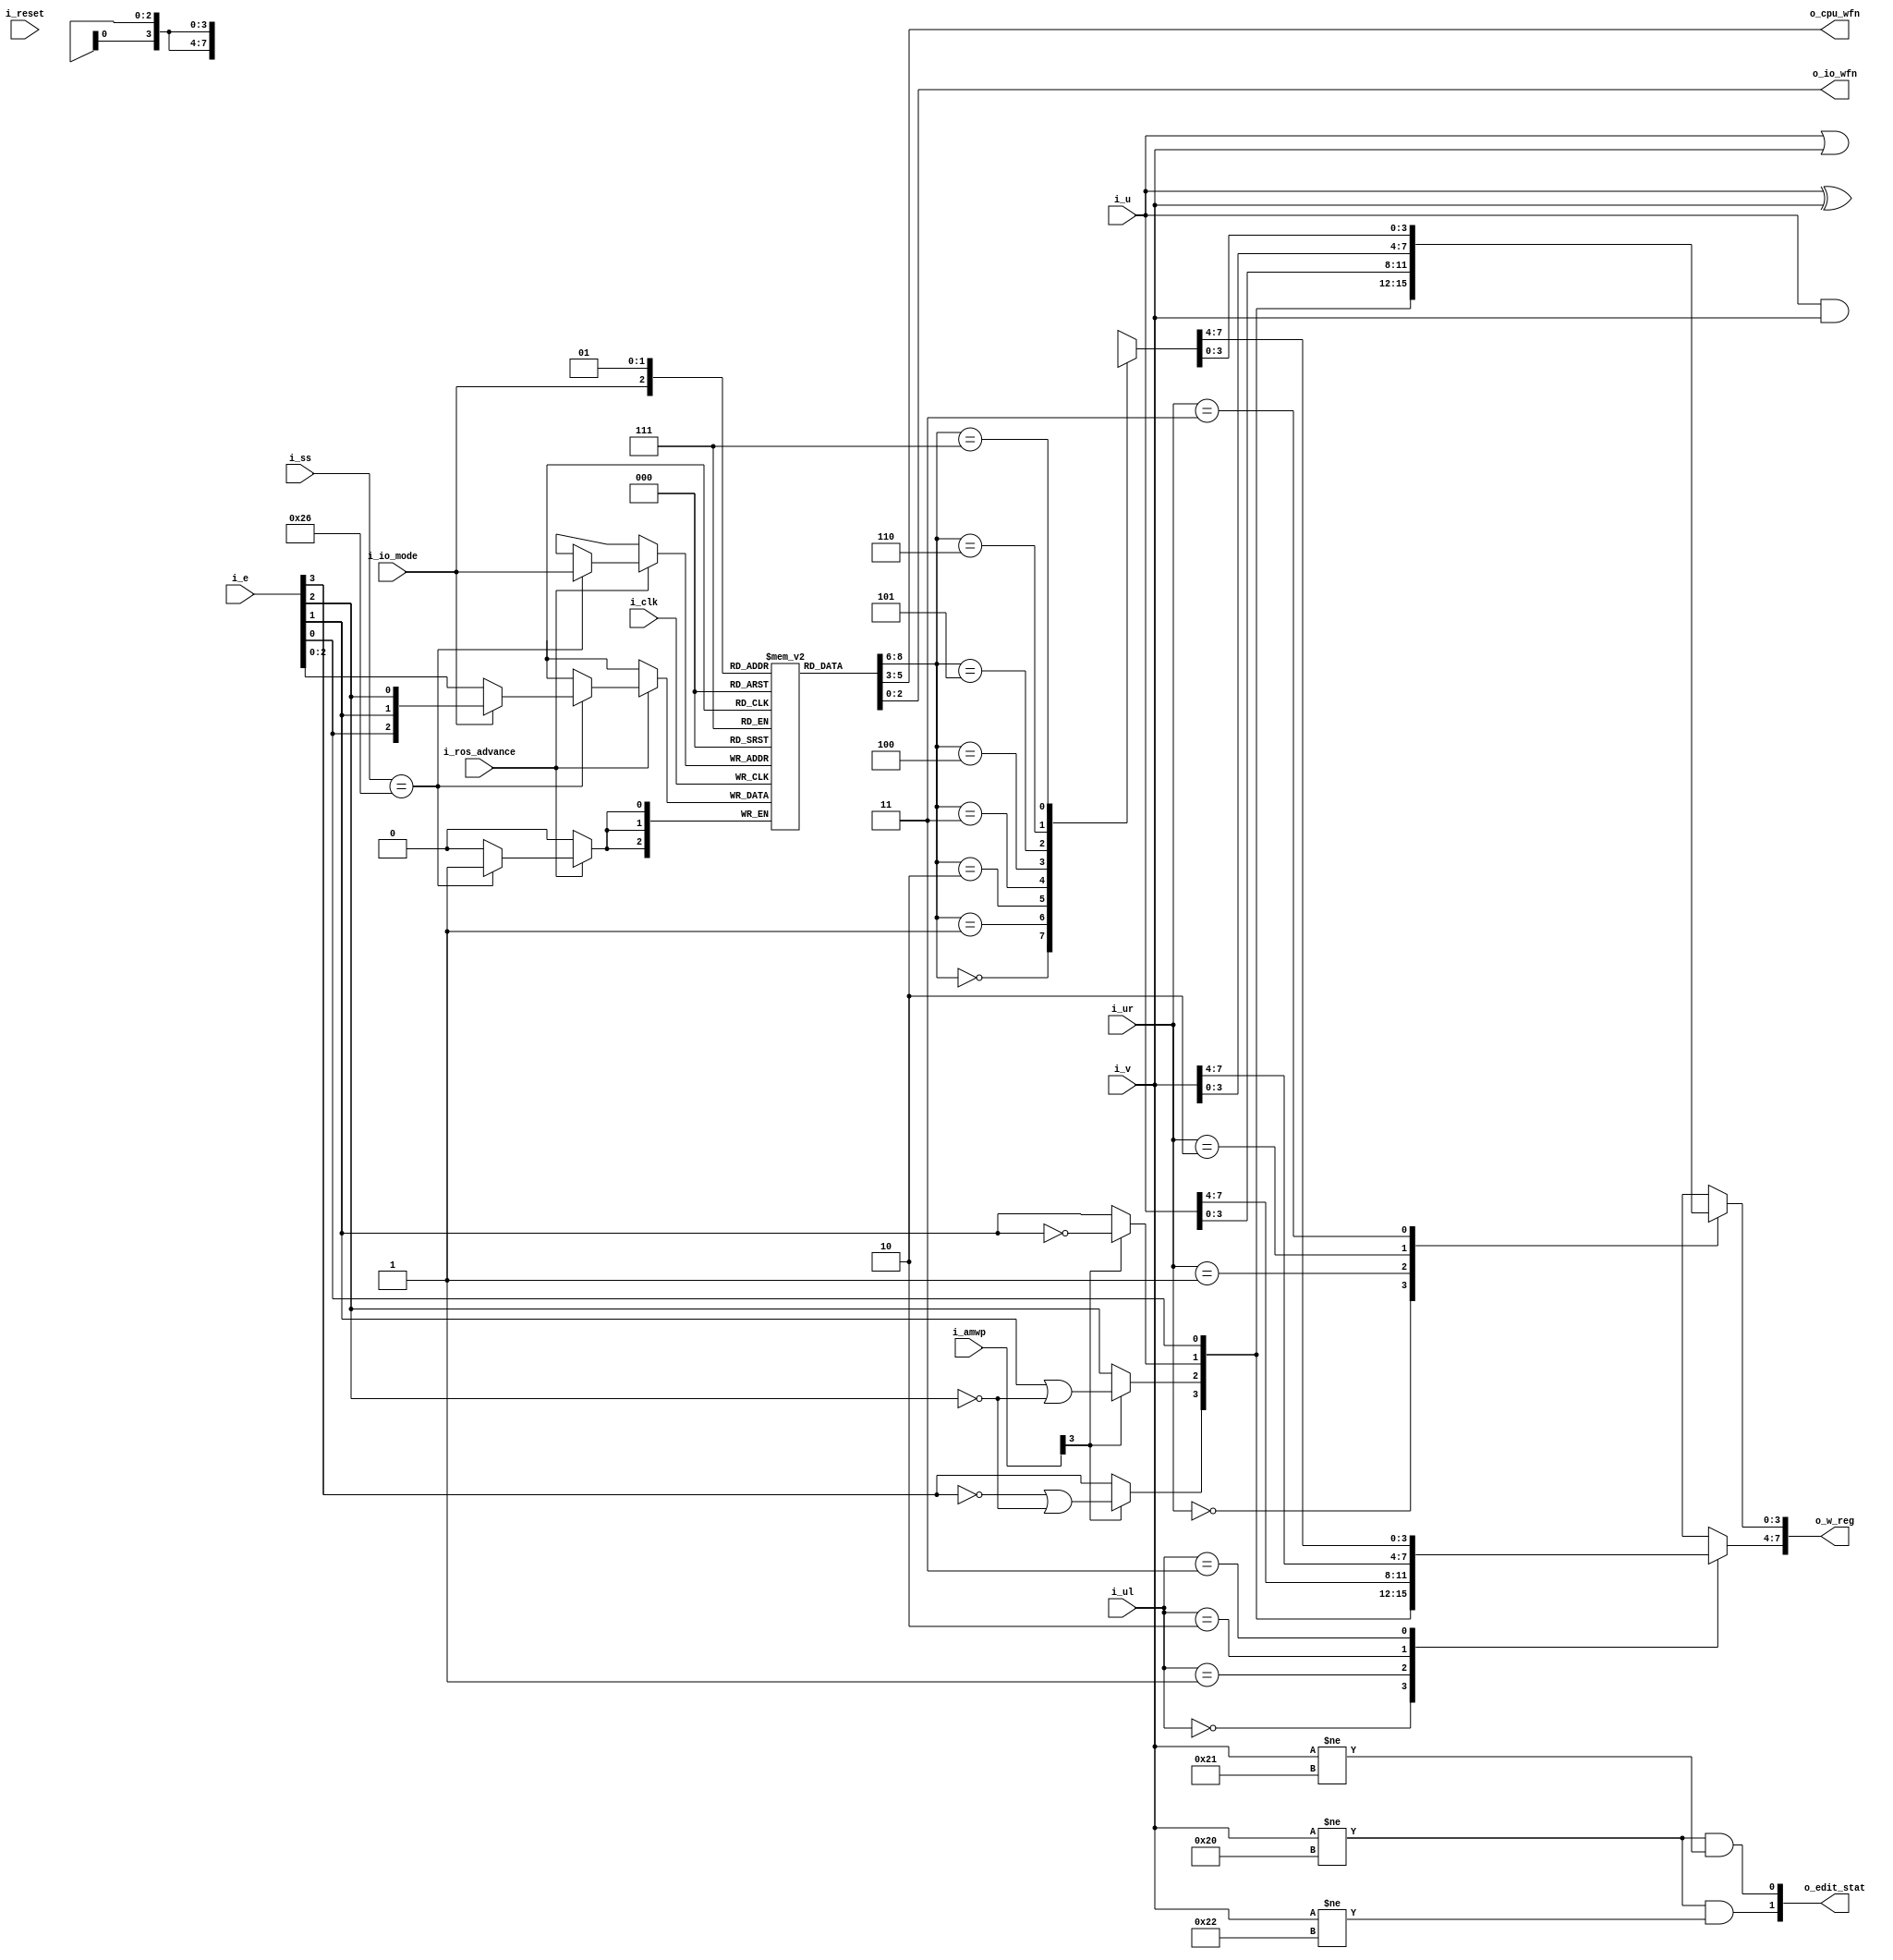
`default_nettype   none
// 2050 mover

// Z22-2855-3
// Field Engineering Handbook, System 360 Model 50, 4th Ed
// block diagram and its place in the cpu:
// figure page 7 [pdf page 8]

// 2050 Control Field Specification
// SS38
// CFC 112 - 2050 control field specification - cpu mode (ss)
// [pdf page 13]
// UR, UL fields
// CFC 106 - 2050 control field specification - cpu mode (ul,ur,ce)
// [pdf page 7]

// IO mode wfn appears to be bit flipped; in the microcode listings,
// observe E values used with SS38, E(13)->WFN
//           xor      or       and
// cpu mode: QB400 E1 QB400 C1 QB400 A1
//  io mode: QV330 J1 QV330 J2 QV330 L3

module x2050mvr (i_clk, i_reset,
i_ros_advance,
i_io_mode,
i_ul,
i_ur,
i_e,
i_ss,
i_u,
i_v,
i_amwp,
o_w_reg,
o_edit_stat,
o_cpu_wfn,
o_io_wfn);

// verilator lint_off UNUSED
input wire i_clk;
input wire i_reset;
input wire i_ros_advance;
input wire i_io_mode;
input wire [1:0] i_ul;
input wire [1:0] i_ur;
input wire [3:0] i_e;
input wire [5:0] i_ss;
input wire [7:0] i_u;
input wire [7:0] i_v;
input wire [3:0] i_amwp;
output wire [7:0] o_w_reg;
output wire [2:1] o_edit_stat;
output wire [2:0] o_cpu_wfn;
output wire [2:0] o_io_wfn;

wire ascii_mode = i_amwp[3-0];

reg [2:0] wfn_ [0:1];
wire [2:0] wfn = wfn_[i_io_mode];

wire [2:0] i_wfn_munged = i_io_mode
	? {i_e[3-3], i_e[3-2], i_e[3-1]}	// flipped
	: i_e[3-1:3-3];				// straight

wire [3:0] e_mixin = {ascii_mode ? ~i_e[3-0] | ~i_e[2] : i_e[3-0],
	ascii_mode ? i_e[3-2] | ~i_e[3-1] : i_e[3-1],
	ascii_mode ? ~i_e[3-2] : i_e[3-2],
	i_e[3-3]};

wire [7:0] mover_function [0:7];
wire [3:0] mover_left [0:3];
wire [3:0] mover_right [0:3];
// mover decode: kq011
assign mover_function[0] = {i_u[7-4:7-7],i_u[7-0:7-3]};
assign mover_function[1] = i_u | i_v;
assign mover_function[2] = i_u & i_v;
assign mover_function[3] = i_u ^ i_v;
assign mover_function[4] = i_u;
assign mover_function[5] = {i_u[7-0:7-3],i_v[7-4:7-7]};
assign mover_function[6] = {i_v[7-0:7-3],i_u[7-4:7-7]};
// 7 is undefined
assign mover_left[0] = e_mixin;
assign mover_left[1] = i_u[7-0:7-3];
assign mover_left[2] = i_v[7-0:7-3];
assign mover_left[3] = mover_function[wfn][7-0:7-3];
assign mover_right[0] = e_mixin;
assign mover_right[1] = i_u[7-4:7-7];
assign mover_right[2] = i_v[7-4:7-7];
assign mover_right[3] = mover_function[wfn][7-4:7-7];

// w reg: aw011
assign o_w_reg = {mover_left[i_ul], mover_right[i_ur]};
assign o_edit_stat[1] = (i_v != 8'h20) & (i_v != 8'h21);
assign o_edit_stat[2] = (i_v != 8'h20) & (i_v != 8'h22);

assign o_cpu_wfn = wfn_[1'b0];
assign o_io_wfn = wfn_[1'b1];

always @(posedge i_clk) begin
	if (!i_ros_advance)
		;
	else if (i_ss == 6'd38)
		wfn_[i_io_mode] <= i_wfn_munged;
end

endmodule